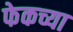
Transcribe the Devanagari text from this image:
फेकच्या